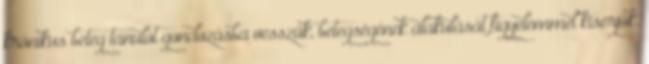
krónikus beteg tanulót gondozásba vesszük, betegségének alakulását figyelemmel kísérjük.